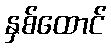
နှစ်ထောင်